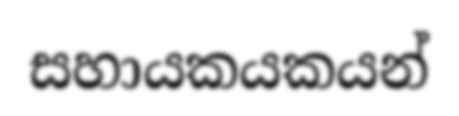
සහායකයකයන්